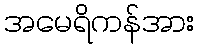
အမေရိကန်အား